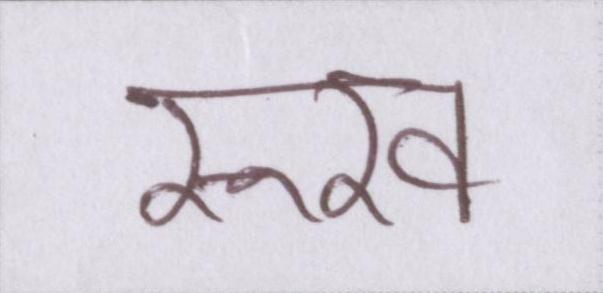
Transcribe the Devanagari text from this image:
रूख